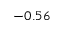
- 0 . 5 6